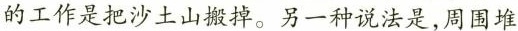
的工作是把沙土山搬掉。另一种说法是，周围堆